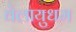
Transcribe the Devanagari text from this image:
वेलायुधम